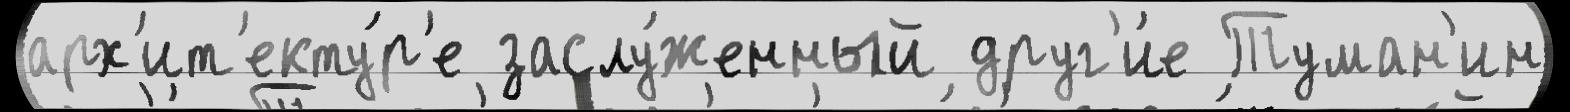
арх'ит'екту́р'е заслу́женный друг'и́е Туман'ин